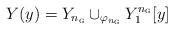
LaTeX: \begin{align*}Y(y) = Y_{n_{{\textsc{g}}}} \cup_{\varphi_{n_{{\textsc{g}}}}} Y_1^{n_{{\textsc{g}}}}[y]\end{align*}